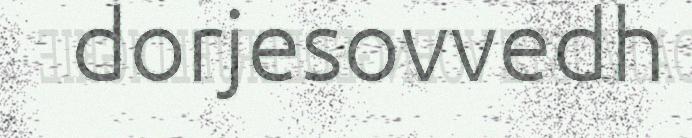
dorjesovvedh